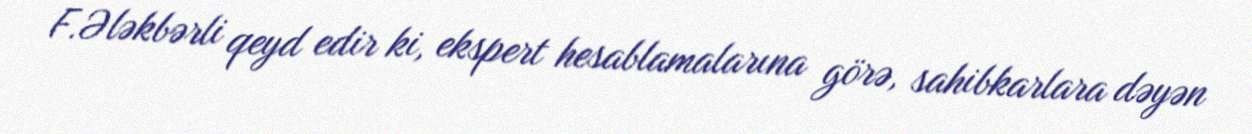
F.Ələkbərli qeyd edir ki, ekspert hesablamalarına görə, sahibkarlara dəyən